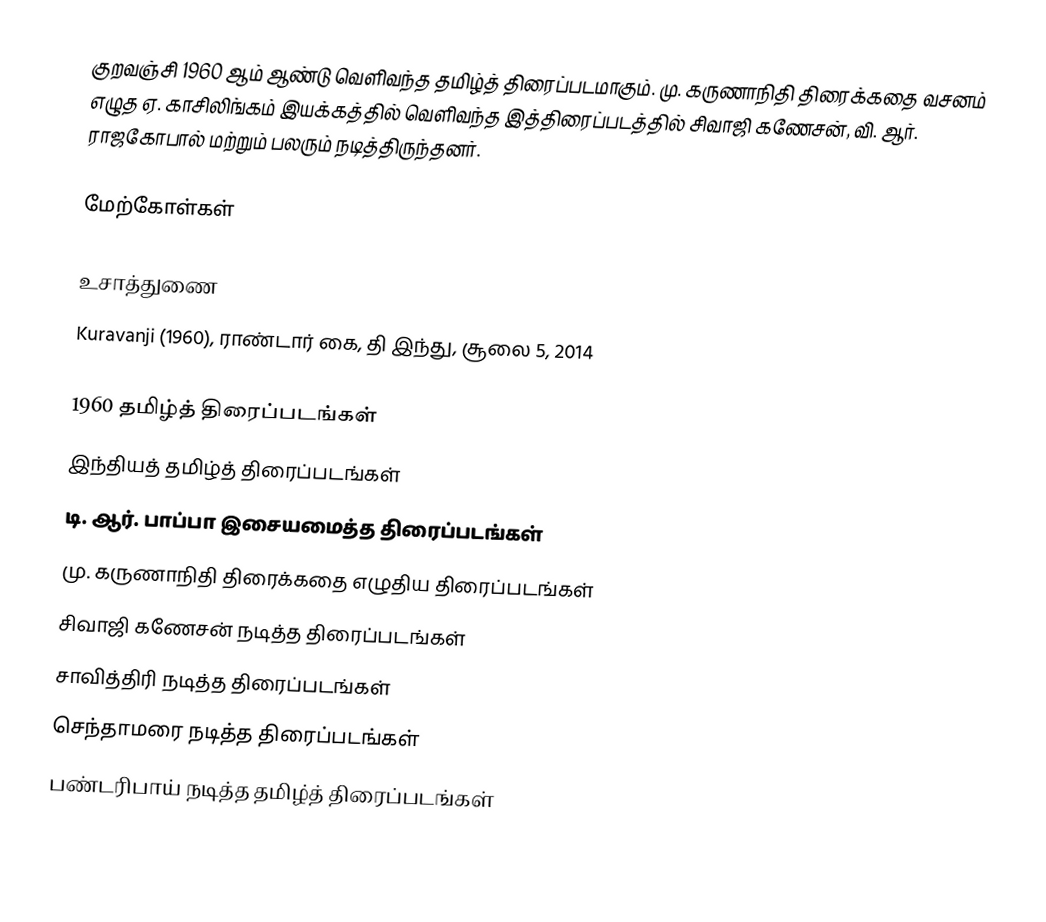
குறவஞ்சி 1960 ஆம் ஆண்டு வெளிவந்த தமிழ்த் திரைப்படமாகும்.  மு. கருணாநிதி திரைக்கதை வசனம் எழுத ஏ. காசிலிங்கம் இயக்கத்தில் வெளிவந்த இத்திரைப்படத்தில் சிவாஜி கணேசன், வி. ஆர். ராஜகோபால் மற்றும் பலரும் நடித்திருந்தனர்.

மேற்கோள்கள்

உசாத்துணை
 Kuravanji (1960), ராண்டார் கை, தி இந்து, சூலை 5, 2014

1960 தமிழ்த் திரைப்படங்கள்
இந்தியத் தமிழ்த் திரைப்படங்கள்
டி. ஆர். பாப்பா இசையமைத்த திரைப்படங்கள்
மு. கருணாநிதி திரைக்கதை எழுதிய திரைப்படங்கள்
சிவாஜி கணேசன் நடித்த திரைப்படங்கள்
சாவித்திரி நடித்த திரைப்படங்கள்
செந்தாமரை நடித்த திரைப்படங்கள்
பண்டரிபாய் நடித்த தமிழ்த் திரைப்படங்கள்